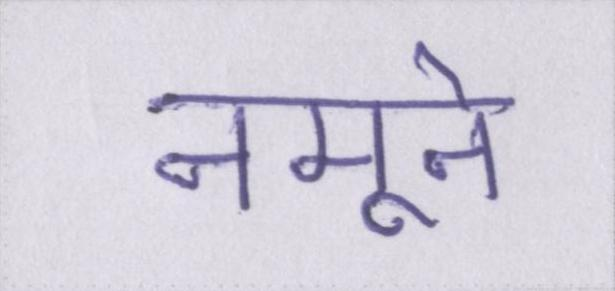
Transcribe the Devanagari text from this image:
नमूने